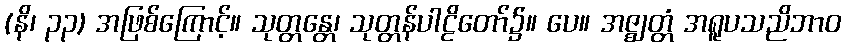
(နိ၊ ၃၃) အဖြစ်ကြောင့်။ သုတ္တန္တေ၊ သုတ္တန်ပါဠိတော်၌။ ပေ။ အဇ္ဈတ္တံ အရူပသညိဘာဝ